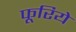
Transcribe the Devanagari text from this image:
फूरिये